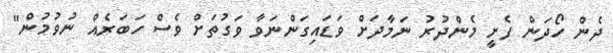
ދެން ހޯދަން ފެށީ މެންދުރު ނަމާދަށް ވަޑައިގަންނަވާ ވަގުތަށް ވެސް ހަބަރެއް ނުވުމުން"